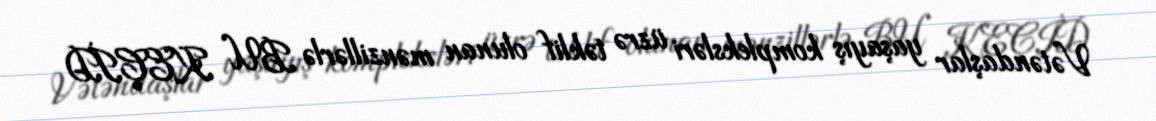
Vətəndaşlar yaşayış kompleksləri üzrə təklif olunan mənzillərlə BU KEÇİD